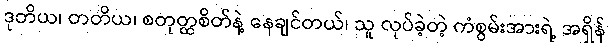
ဒုတိယ၊ တတိယ၊ စတုတ္ထစိတ်နဲ့ နေချင်တယ်၊ သူ လုပ်ခဲ့တဲ့ ကံစွမ်းအားရဲ့ အရှိန်